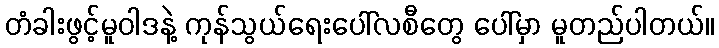
တံခါးဖွင့်မူဝါဒနဲ့ ကုန်သွယ်ရေးပေါ်လစီတွေ ပေါ်မှာ မူတည်ပါတယ်။